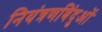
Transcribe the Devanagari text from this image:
नियंत्रणबिंदुओं